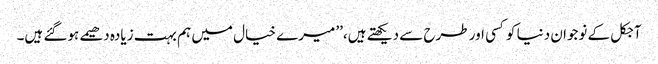
آجکل کے نوجوان دنیا کوکسی اور طرح سے دیکھتے ہیں،’’ میرے خیال میں ہم بہت زیادہ دھیمے ہوگئے ہیں۔